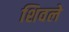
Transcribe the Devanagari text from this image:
शिवले